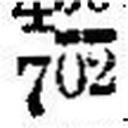
702